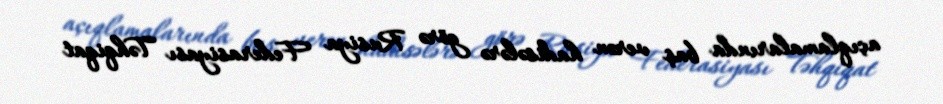
açıqlamalarında baş verən hadisələrə görə Rusiya Federasiyası Təhqiqat